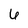
Character: 6